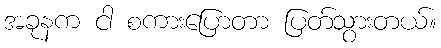
အခုနက ငါ စကားပြောတာ ပြတ်သွားတယ်။